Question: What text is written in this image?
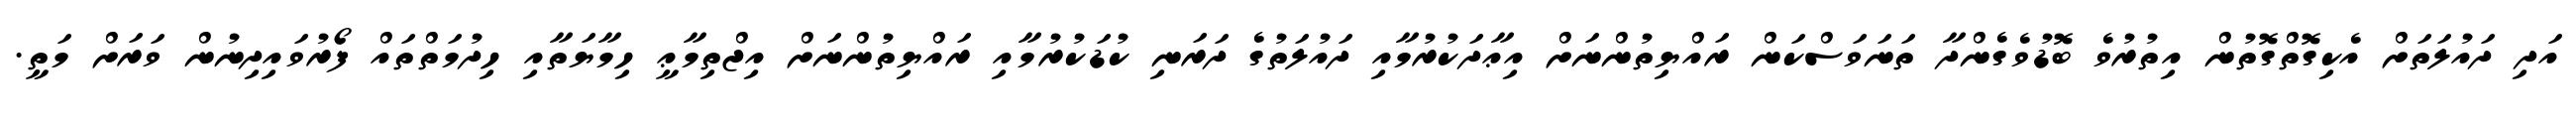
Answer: އަދި ދައުލަތަށް އެކިގޮތްގޮތުން އިތުރުވެ ބޮޑުވެގެންދާ ތަނަވަސްކަން ރައްޔިތުންނަށް އިޢާދަކުރުމާއި ދައުލަތުގެ ދަރަނި ކުޑަކުރުމާއި ރައްޔިތުންނަށް އިޖްތިމާޢީ ހިމާޔަތާއި ހިދުމަތްތައް ފޯރުވައިދިނުން ވަރަށް މަތީ.